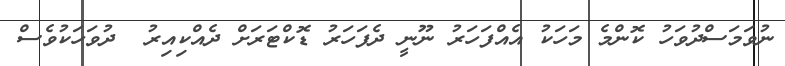
ނުވަމަސްދުވަހު ކޮންމެ މަހަކު އެއްފަހަރު ނޫނީ ދެފަހަރު ޑޮކްޓަރަށް ދެއްކިއިރު  ދުވަހަކުވެސް